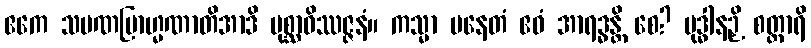
ဧကေ သမဏဗြာဟ္မဏာတိအာဒိ ပုစ္ဆာဝိဿဇ္ဇနံ။ ကသ္မာ ပနေတံ ဧဝံ အာရဒ္ဓန္တိ စေ? ဗုဒ္ဓါနဉှိ စတ္တာရိ